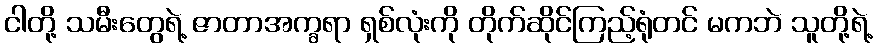
ငါတို့ သမီးတွေရဲ့ ဇာတာအက္ခရာ ရှစ်လုံးကို တိုက်ဆိုင်ကြည့်ရုံတင် မကဘဲ သူတို့ရဲ့